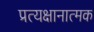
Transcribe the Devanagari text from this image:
प्रत्यक्षानात्मक